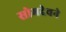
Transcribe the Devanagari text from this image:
सोमदेवने